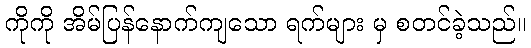
ကိုကို အိမ်ပြန်နောက်ကျသော ရက်များ မှ စတင်ခဲ့သည်။